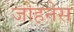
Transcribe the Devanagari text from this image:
जोहनेस